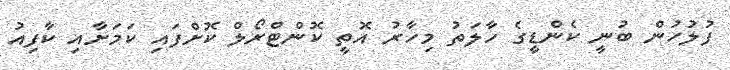
ފުލުހުން ބުނީ ކެންޑީގެ ހާލަތު މިހާރު އޮތީ ކޮންޓްރޯލް ކޮށްފައި ކަމަށާއި ކާފިއު